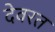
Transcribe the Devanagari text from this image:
देवरत